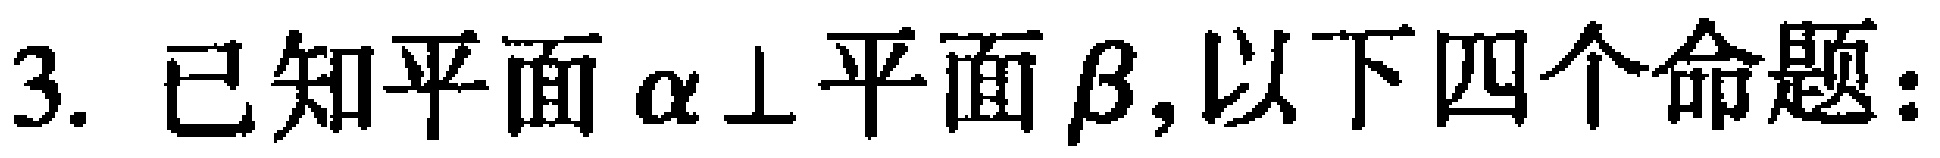
3. 已知平面$\alpha\perp$平面$\beta$,以下四个命题：